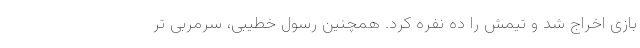
بازی اخراج شد و تیمش را ده نفره کرد. همچنین رسول خطیبی، سرمربی تر